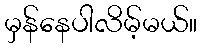
မှန်နေပါလိမ့်မယ်။